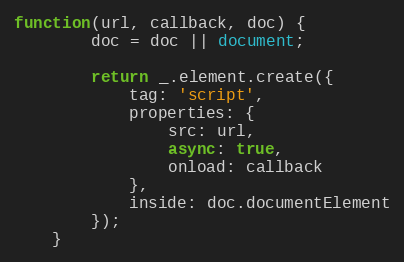
Language: JavaScript
function(url, callback, doc) {
		doc = doc || document;

		return _.element.create({
			tag: 'script',
			properties: {
				src: url,
				async: true,
				onload: callback
			},
			inside: doc.documentElement
		});
	}